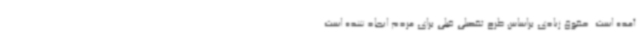
آمده است. حقوق زیادی براساس طرح تفصیلی قبلی برای مردم ایجاد شده است.